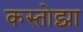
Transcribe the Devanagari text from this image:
कस्तोझा